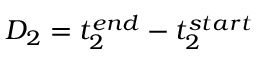
D _ { 2 } = t _ { 2 } ^ { e n d } - t _ { 2 } ^ { s t a r t }